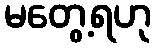
မတွေ့ရဟု